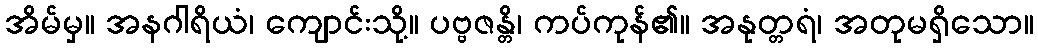
အိမ်မှ။ အနဂါရိယံ၊ ကျောင်းသို့။ ပဗ္ဗဇန္တိ၊ ကပ်ကုန်၏။ အနုတ္တရံ၊ အတုမရှိသော။